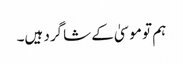
‏ ہم تو موسیٰ کے شاگرد ہیں۔